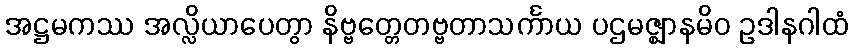
အဋ္ဌမကဿ အလ္လိယာပေတွာ နိဗ္ဗတ္တေတဗ္ဗတာသင်္ကာယ ပဌမဇ္ဈာနမိဝ ဥဒါနဂါထံ